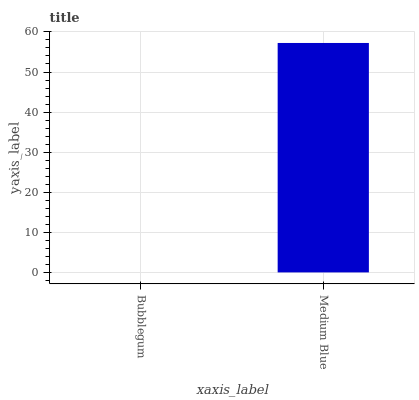
| xaxis_label | bars |
 | --- | --- |
 | Bubblegum | 0 |
 | Medium Blue | 57.2 |